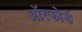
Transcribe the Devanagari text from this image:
ऑरफोर्ड